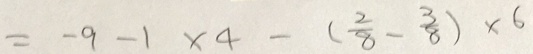
= - 9 - 1 \times 4 - ( \frac { 2 } { 8 } - \frac { 3 } { 8 } ) \times 6